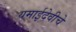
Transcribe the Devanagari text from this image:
यमाईदेवीचे